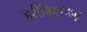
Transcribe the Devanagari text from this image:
हरीकिशनपुर